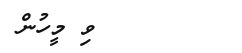
ވި މީހުން